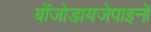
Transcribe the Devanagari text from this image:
बोंजोडायजेपाइनों